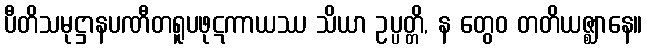
ပီတိသမုဋ္ဌာနပဏီတရူပဖုဋကာယဿ သိယာ ဥပ္ပတ္တိ, န တွေဝ တတိယဇ္ဈာနေ။